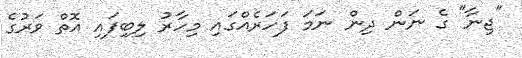
"ޖިނާ" ގެ ނަން ދިން ނަމަ ފަހަރެއްގައި މިހާރު ލިބިފައި އޮތް ވަރުގެ